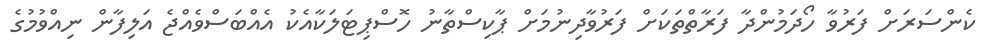
ކެންސަރަށް ފަރުވާ ހޯދަމުންދާ ފަރާތްތަކަށް ފަރުވާދިނުމަށް ޕާކިސްތާނު ހޮސްޕިޓަލަކާއެކު އެއްބަސްވެއްޖެ އަލިފާން ނިއްވުމުގެ